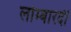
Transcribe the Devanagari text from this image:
लोम्बारदी